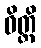
ဝိတ္တိ